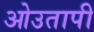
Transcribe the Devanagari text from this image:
ओउतापी